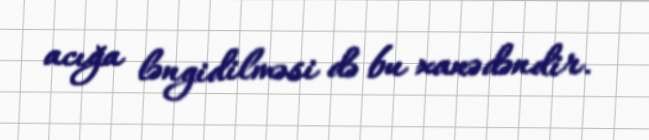
acığa ləngidilməsi də bu xanədəndir.